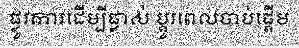
ផ្លូវការដើម្បីផ្លាស់ ប្តូរពេលចាប់ផ្តើម